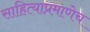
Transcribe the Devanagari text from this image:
साहित्याप्रमाणेच